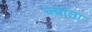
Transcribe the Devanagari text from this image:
ज्याता